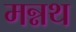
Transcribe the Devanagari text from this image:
मन्नथ